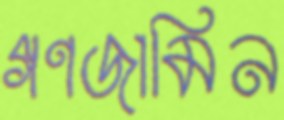
গণজামিন